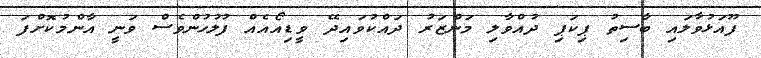
ފޫއަޅުވާލައި ބާސިތު ޕިކަޕި ދުއްވާލި މަންޒަރު ދައްކުވައިދޭ ވީޑިއޯއެއް ފުލުހުންވެސް ވަނީ އާންމުކޮށްފަ